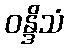
ဝန္ဒိသံ